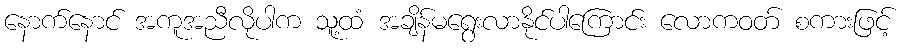
နောက်နောင် အကူအညီလိုပါက သူ့ထံ အချိန်မရွေးလာနိုင်ပါကြောင်း လောကဝတ် စကားဖြင့်